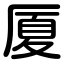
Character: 厦